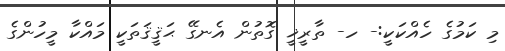
މި ކަމުގެ ހެއްކަކީ:- ހ- ތާރީޚީ ގޮތުން އެނގޭ ޙަޤީޤަތަކީ މައްކާ މީހުންގެ